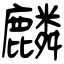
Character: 麟